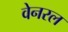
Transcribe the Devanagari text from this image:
वेनरल